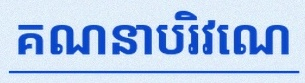
គណនាបរិវេណ